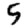
Digit: 5